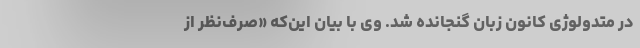
در متدولوژی کانون زبان گنجانده شد. وی با بیان این‌که «صرف‌نظر از